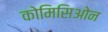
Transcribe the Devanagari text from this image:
कोमिसिओन